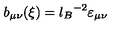
b _ { \mu \nu } ( \xi ) = { l _ { B } } ^ { - 2 } \varepsilon _ { \mu \nu }